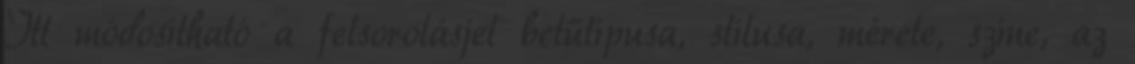
Itt módosítható a felsorolásjel betűtípusa, stílusa, mérete, színe, az